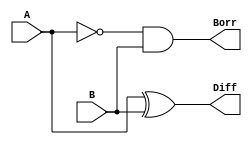
module HS_design(
    input A,
    input B,
    output Diff,
    output Borr
    );
    wire w1;
    xor (Diff, A, B);
    not (w1, A);
    and (Borr, w1, B);
endmodule